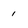
Character: 1